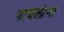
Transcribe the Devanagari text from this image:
पावलांना